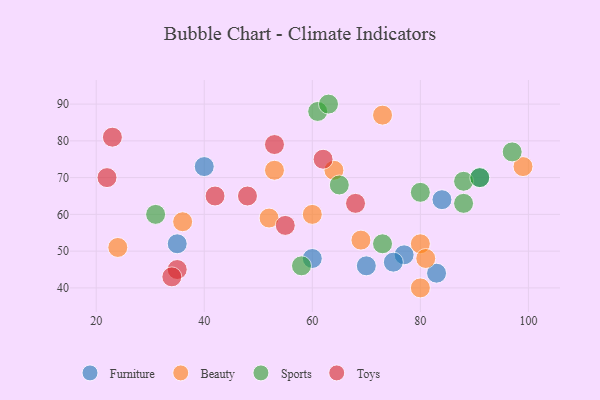
{"axis": {"x": "GDP", "y": "Life Expectancy"}, "legend": ["Beauty", "Furniture", "Sports", "Toys"], "data": [{"x": "77", "y": 49, "type": "Furniture"}, {"x": "60", "y": 48, "type": "Furniture"}, {"x": "75", "y": 47, "type": "Furniture"}, {"x": "40", "y": 73, "type": "Furniture"}, {"x": "83", "y": 44, "type": "Furniture"}, {"x": "35", "y": 52, "type": "Furniture"}, {"x": "84", "y": 64, "type": "Furniture"}, {"x": "70", "y": 46, "type": "Furniture"}, {"x": "91", "y": 70, "type": "Furniture"}, {"x": "99", "y": 73, "type": "Beauty"}, {"x": "64", "y": 72, "type": "Beauty"}, {"x": "80", "y": 52, "type": "Beauty"}, {"x": "36", "y": 58, "type": "Beauty"}, {"x": "73", "y": 87, "type": "Beauty"}, {"x": "60", "y": 60, "type": "Beauty"}, {"x": "53", "y": 72, "type": "Beauty"}, {"x": "69", "y": 53, "type": "Beauty"}, {"x": "24", "y": 51, "type": "Beauty"}, {"x": "52", "y": 59, "type": "Beauty"}, {"x": "81", "y": 48, "type": "Beauty"}, {"x": "80", "y": 40, "type": "Beauty"}, {"x": "97", "y": 77, "type": "Sports"}, {"x": "61", "y": 88, "type": "Sports"}, {"x": "88", "y": 69, "type": "Sports"}, {"x": "91", "y": 70, "type": "Sports"}, {"x": "63", "y": 90, "type": "Sports"}, {"x": "80", "y": 66, "type": "Sports"}, {"x": "31", "y": 60, "type": "Sports"}, {"x": "88", "y": 63, "type": "Sports"}, {"x": "65", "y": 68, "type": "Sports"}, {"x": "73", "y": 52, "type": "Sports"}, {"x": "58", "y": 46, "type": "Sports"}, {"x": "68", "y": 63, "type": "Toys"}, {"x": "23", "y": 81, "type": "Toys"}, {"x": "55", "y": 57, "type": "Toys"}, {"x": "35", "y": 45, "type": "Toys"}, {"x": "22", "y": 70, "type": "Toys"}, {"x": "53", "y": 79, "type": "Toys"}, {"x": "62", "y": 75, "type": "Toys"}, {"x": "34", "y": 43, "type": "Toys"}, {"x": "42", "y": 65, "type": "Toys"}, {"x": "48", "y": 65, "type": "Toys"}]}